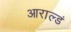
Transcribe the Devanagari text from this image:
आराल्डं